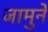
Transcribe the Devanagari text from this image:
जामुने